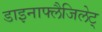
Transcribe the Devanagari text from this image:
डाइनाफ्लैजिलेट्